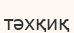
тәхқиқ